65_HS1-834228961_62-HQ-83894_Section_5
Agency: FBI
Page 134
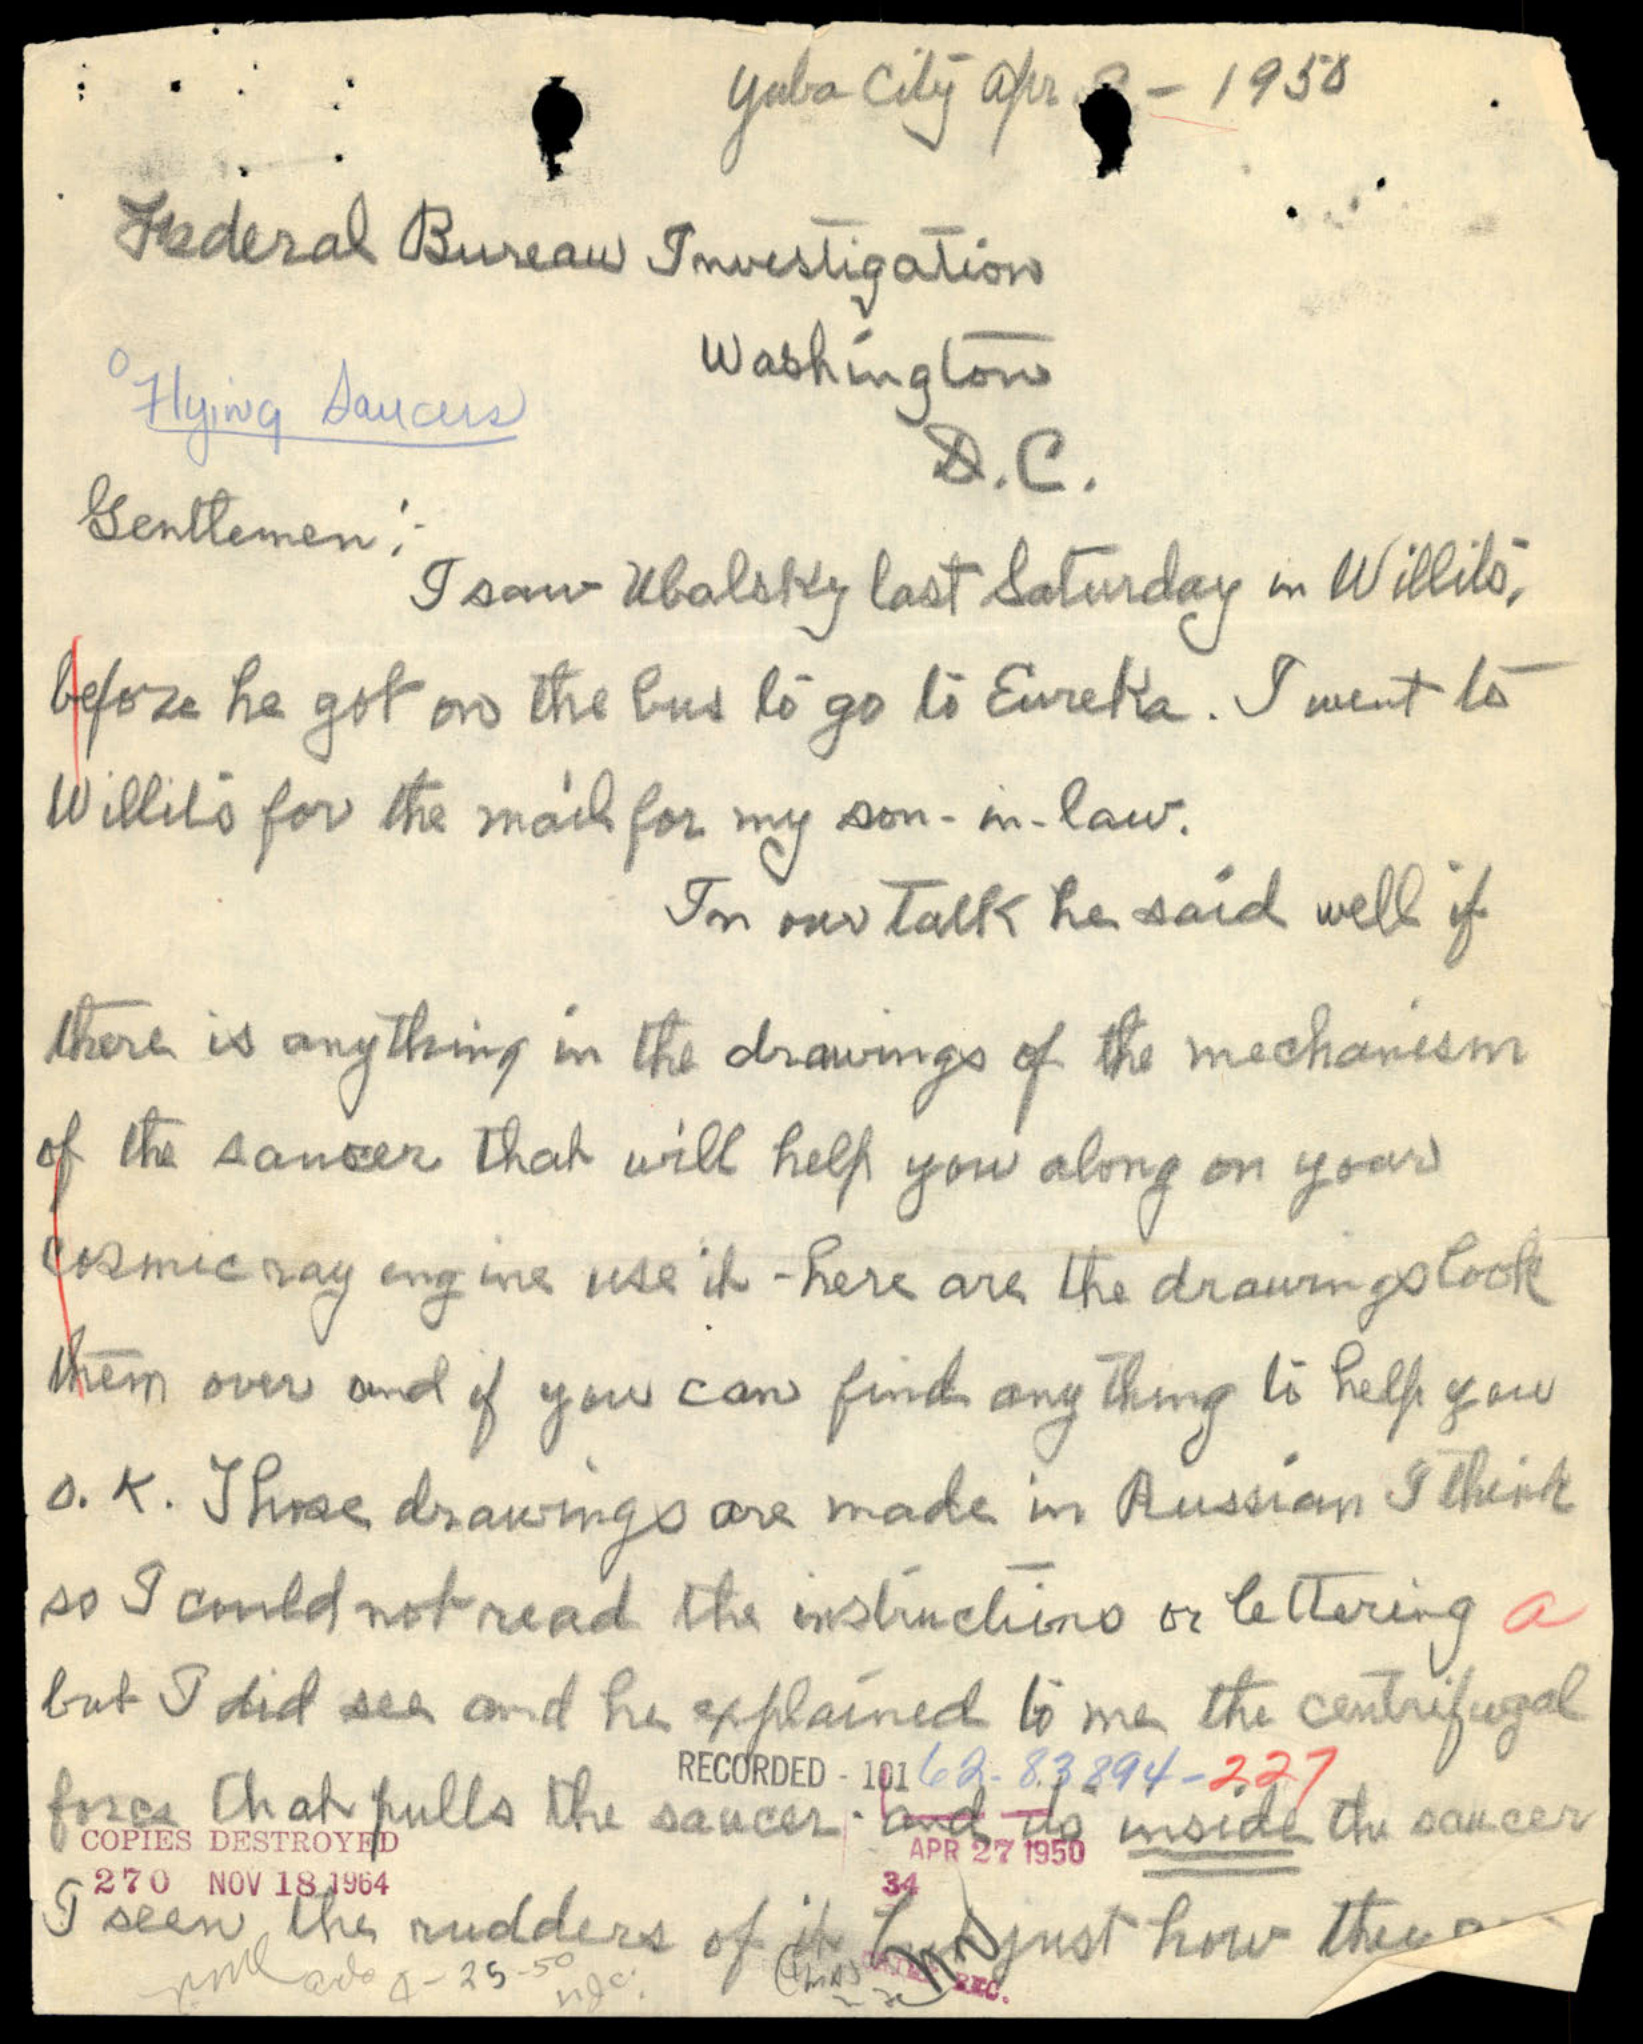